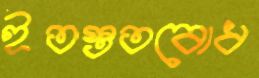
ইতস্ততবোধ